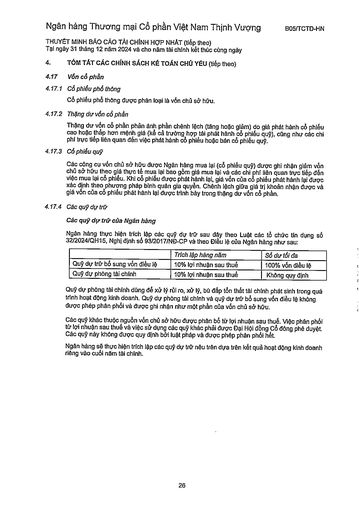
||Trích lập hàng năm|Số dư tối đa| |---|---|---| |Quỹ dự trữ bổ sung vốn điều lệ|10% lợi nhuận sau thuế|100% vốn điều lệ| |Quỹ dự phòng tài chính|10% lợi nhuận sau thuế|Không quy định|